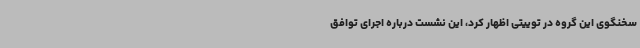
سخنگوی این گروه در توییتی اظهار کرد، این نشست درباره اجرای توافق